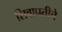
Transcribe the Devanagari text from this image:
शिवापतीचे